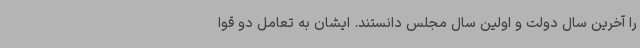
را آخرین سال دولت و اولین سال مجلس دانستند. ایشان به تعامل دو قوا